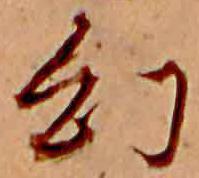
幻